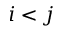
i < j